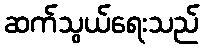
ဆက်သွယ်ရေးသည်